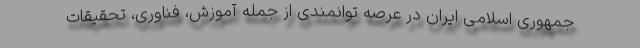
جمهوری اسلامی ایران در عرصه توانمندی از جمله آموزش، فناوری، تحقیقات